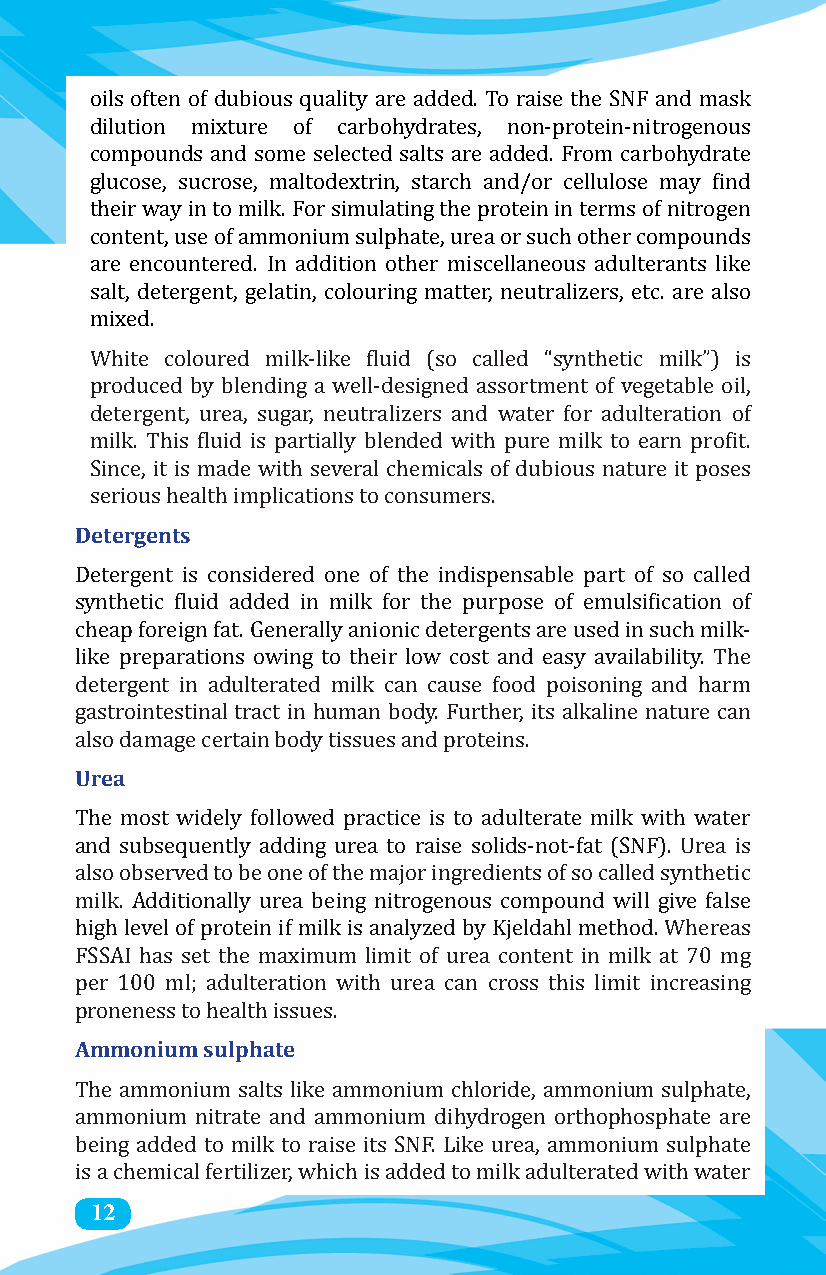
oils often of dubious quality are added. To raise the SNF and mask
 dilution mixture of carbohydrates, non-protein-nitrogenous
 compounds and some selected salts are added. From carbohydrate
 glucose, sucrose, maltodextrin, starch and/or cellulose may find
 their way in to milk. For simulating the protein in terms of nitrogen
 content, use of ammonium sulphate, urea or such other compounds
 are encountered. In addition other miscellaneous adulterants like
 salt, detergent, gelatin, colouring matter, neutralizers, etc. are also
 mixed.
 White coloured milk-like fluid (so called “synthetic milk”) is
 produced by blending a well-designed assortment of vegetable oil,
 detergent, urea, sugar, neutralizers and water for adulteration of
 milk. This fluid is partially blended with pure milk to earn profit.
 Since, it is made with several chemicals of dubious nature it poses
 Detergents
 serious health implications to consumers.
 Detergent is considered one of the indispensable part of so called
 synthetic fluid added in milk for the purpose of emulsification of
 cheap foreign fat. Generally anionic detergents are used in such milk-
 like preparations owing to their low cost and easy availability. The
 detergent in adulterated milk can cause food poisoning and harm
 gastrointestinal tract in human body. Further, its alkaline nature can
 Urea
 also damage certain body tissues and proteins.
 The most widely followed practice is to adulterate milk with water
 and subsequently adding urea to raise solids-not-fat (SNF). Urea is
 also observed to be one of the major ingredients of so called synthetic
 milk. Additionally urea being nitrogenous compound will give false
 high level of protein if milk is analyzed by Kjeldahl method. Whereas
 FSSAI has set the maximum limit of urea content in milk at 70 mg
 per 100 ml; adulteration with urea can cross this limit increasing
 Ammonium sulphate
 proneness to health issues.
 The ammonium salts like ammonium chloride, ammonium sulphate,
 ammonium nitrate and ammonium dihydrogen orthophosphate are
 being added to milk to raise its SNF. Like urea, ammonium sulphate
 12
 is a chemical fertilizer, which is added to milk adulterated with water